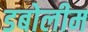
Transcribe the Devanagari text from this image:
डबोलीम